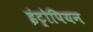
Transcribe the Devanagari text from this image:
इंट्रोपियन